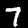
Digit: 7